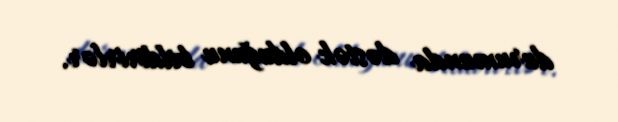
durumunda dəstək olduğunu bildirirlər.